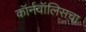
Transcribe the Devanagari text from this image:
कॉर्नवॉलिसचा